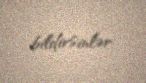
bildirsinlər.